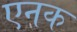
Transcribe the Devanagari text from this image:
एनक